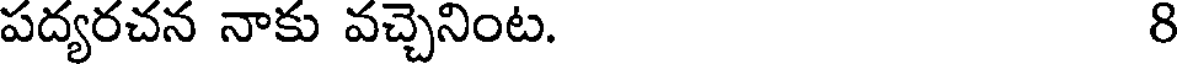
పద్యరచన నాకు వచ్చెనింట. 8